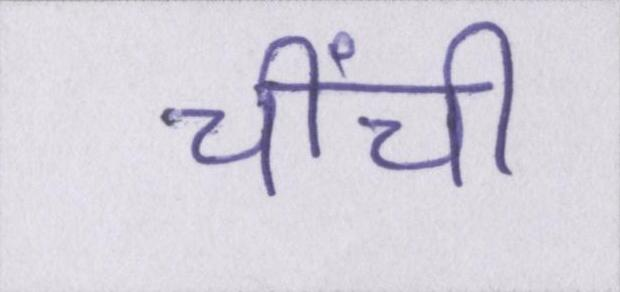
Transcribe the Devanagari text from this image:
चींची